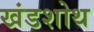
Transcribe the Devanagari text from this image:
खंडशोथ